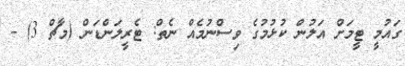
ގައުމީ ޓީމަށް އަލުން ކުޅުމުގެ ވިސްނުމެއް ނެތް: ޓެރީލަންޑަން (މާޗް 3) -